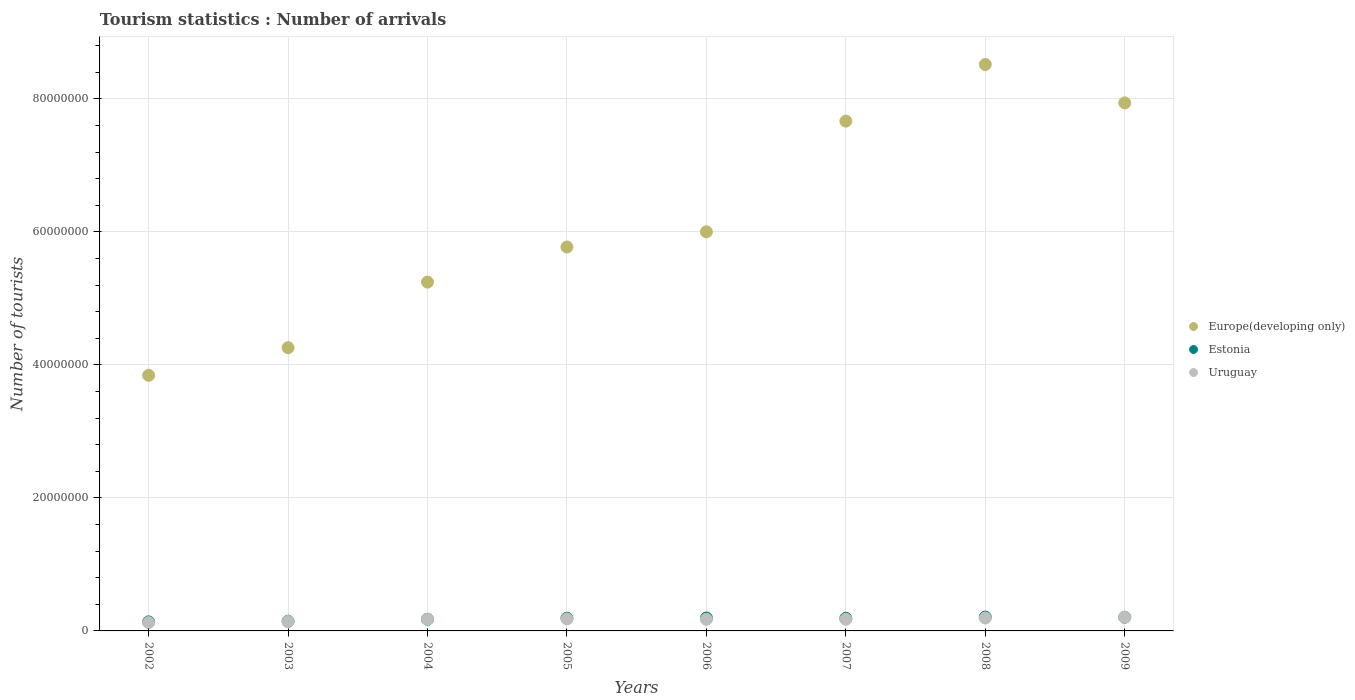
| Years | Europe(developing only) | Estonia | Uruguay |
 | --- | --- | --- | --- |
 | 2002 | 3.84e+07 | 1.36e+06 | 1.26e+06 |
 | 2003 | 4.26e+07 | 1.46e+06 | 1.42e+06 |
 | 2004 | 5.24e+07 | 1.75e+06 | 1.76e+06 |
 | 2005 | 5.77e+07 | 1.92e+06 | 1.81e+06 |
 | 2006 | 6e+07 | 1.94e+06 | 1.75e+06 |
 | 2007 | 7.67e+07 | 1.9e+06 | 1.75e+06 |
 | 2008 | 8.52e+07 | 2.08e+06 | 1.94e+06 |
 | 2009 | 7.94e+07 | 2.06e+06 | 2.06e+06 |